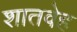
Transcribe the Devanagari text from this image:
शातवेह